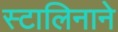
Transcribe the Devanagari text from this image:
स्टालिनाने